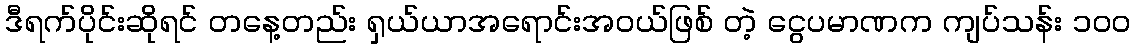
ဒီရက်ပိုင်းဆိုရင် တနေ့တည်း ရှယ်ယာအရောင်းအဝယ်ဖြစ် တဲ့ ငွေပမာဏက ကျပ်သန်း ၁၀၀